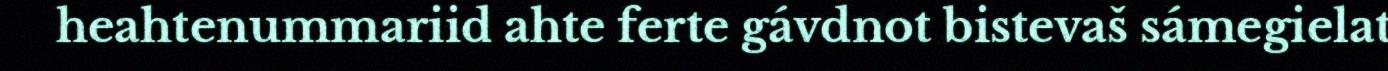
heahtenummariid ahte ferte gávdnot bistevaš sámegielat